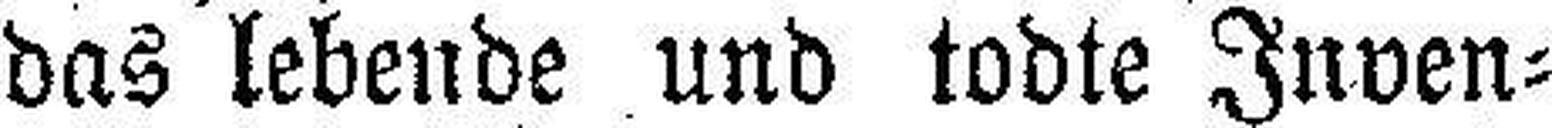
das lebende und todte Inven¬